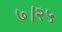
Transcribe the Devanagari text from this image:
७।२५